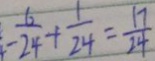
- \frac { 6 } { 2 4 } + \frac { 1 } { 2 4 } = \frac { 1 7 } { 2 4 }